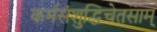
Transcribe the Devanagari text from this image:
कर्मसंशुद्धिचेतसाम्